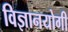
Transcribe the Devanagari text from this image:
विज्ञानयोगी